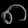
Digit: ၈